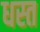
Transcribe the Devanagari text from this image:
धस्त